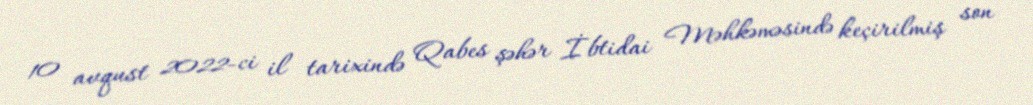
10 avqust 2022-ci il tarixində Qabes şəhər İbtidai Məhkəməsində keçirilmiş son